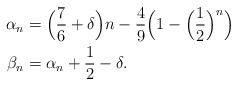
LaTeX: \begin{align*}\alpha_n=\;&\Big(\frac{7}{6}+\delta\Big)n-\frac{4}{9}\Big(1-\Big(\frac{1}{2}\Big)^n\Big)\\\beta_n=\;&\alpha_n+\frac{1}{2}-\delta.\end{align*}